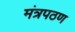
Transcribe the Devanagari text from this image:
मंत्रपठण